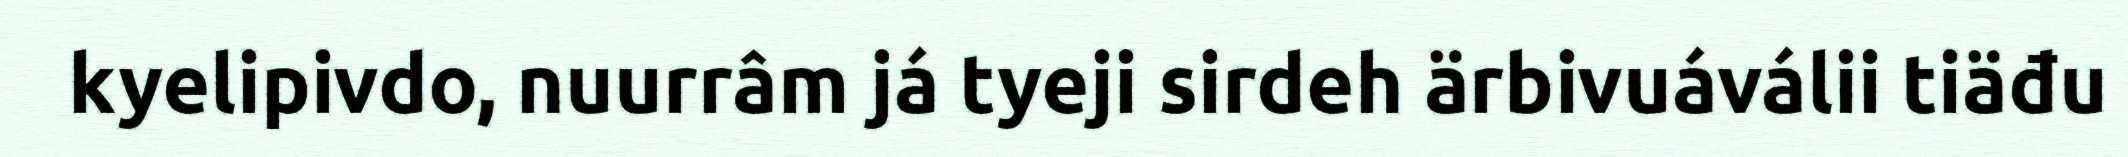
kyelipivdo, nuurrâm já tyeji sirdeh ärbivuáválii tiäđu